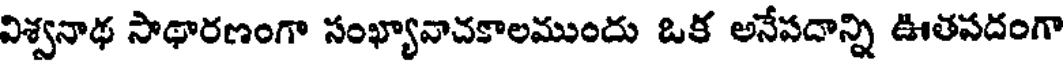
విశ్వనాథ సాథారణంగా సంఖ్యావాచకాలముందు ఒక అనేపదాన్ని ఊతపదంగా